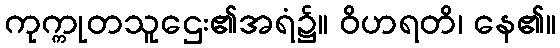
ကုက္ကုတသူဌေး၏အရံ၌။ ဝိဟရတိ၊ နေ၏။